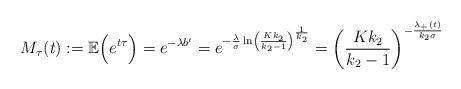
LaTeX: \begin{align*}M_{\tau}(t):=\mathbb{E}\Big(e^{t\tau}\Big)=e^{-\lambda b'}=e^{-\frac{\lambda}{\sigma}\ln\left(\frac{K k_2}{k_2-1}\right)^{\frac{1}{k_2}}}=\left(\frac{Kk_2}{k_2-1}\right)^{-\frac{\lambda_+(t)}{k_2\sigma}}\end{align*}